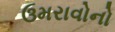
ઉમરાવોનો